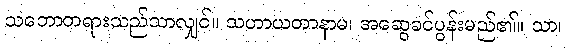
သဘောတရားသည်သာလျှင်။ သဟာယတာနာမ၊ အဆွေခင်ပွန်းမည်၏။ သာ၊